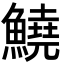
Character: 鱙